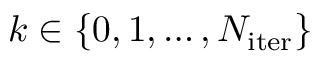
k \in \{ 0 , 1 , \ldots , N _ { \mathrm { i t e r } } \}